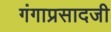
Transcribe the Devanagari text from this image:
गंगाप्रसादजी